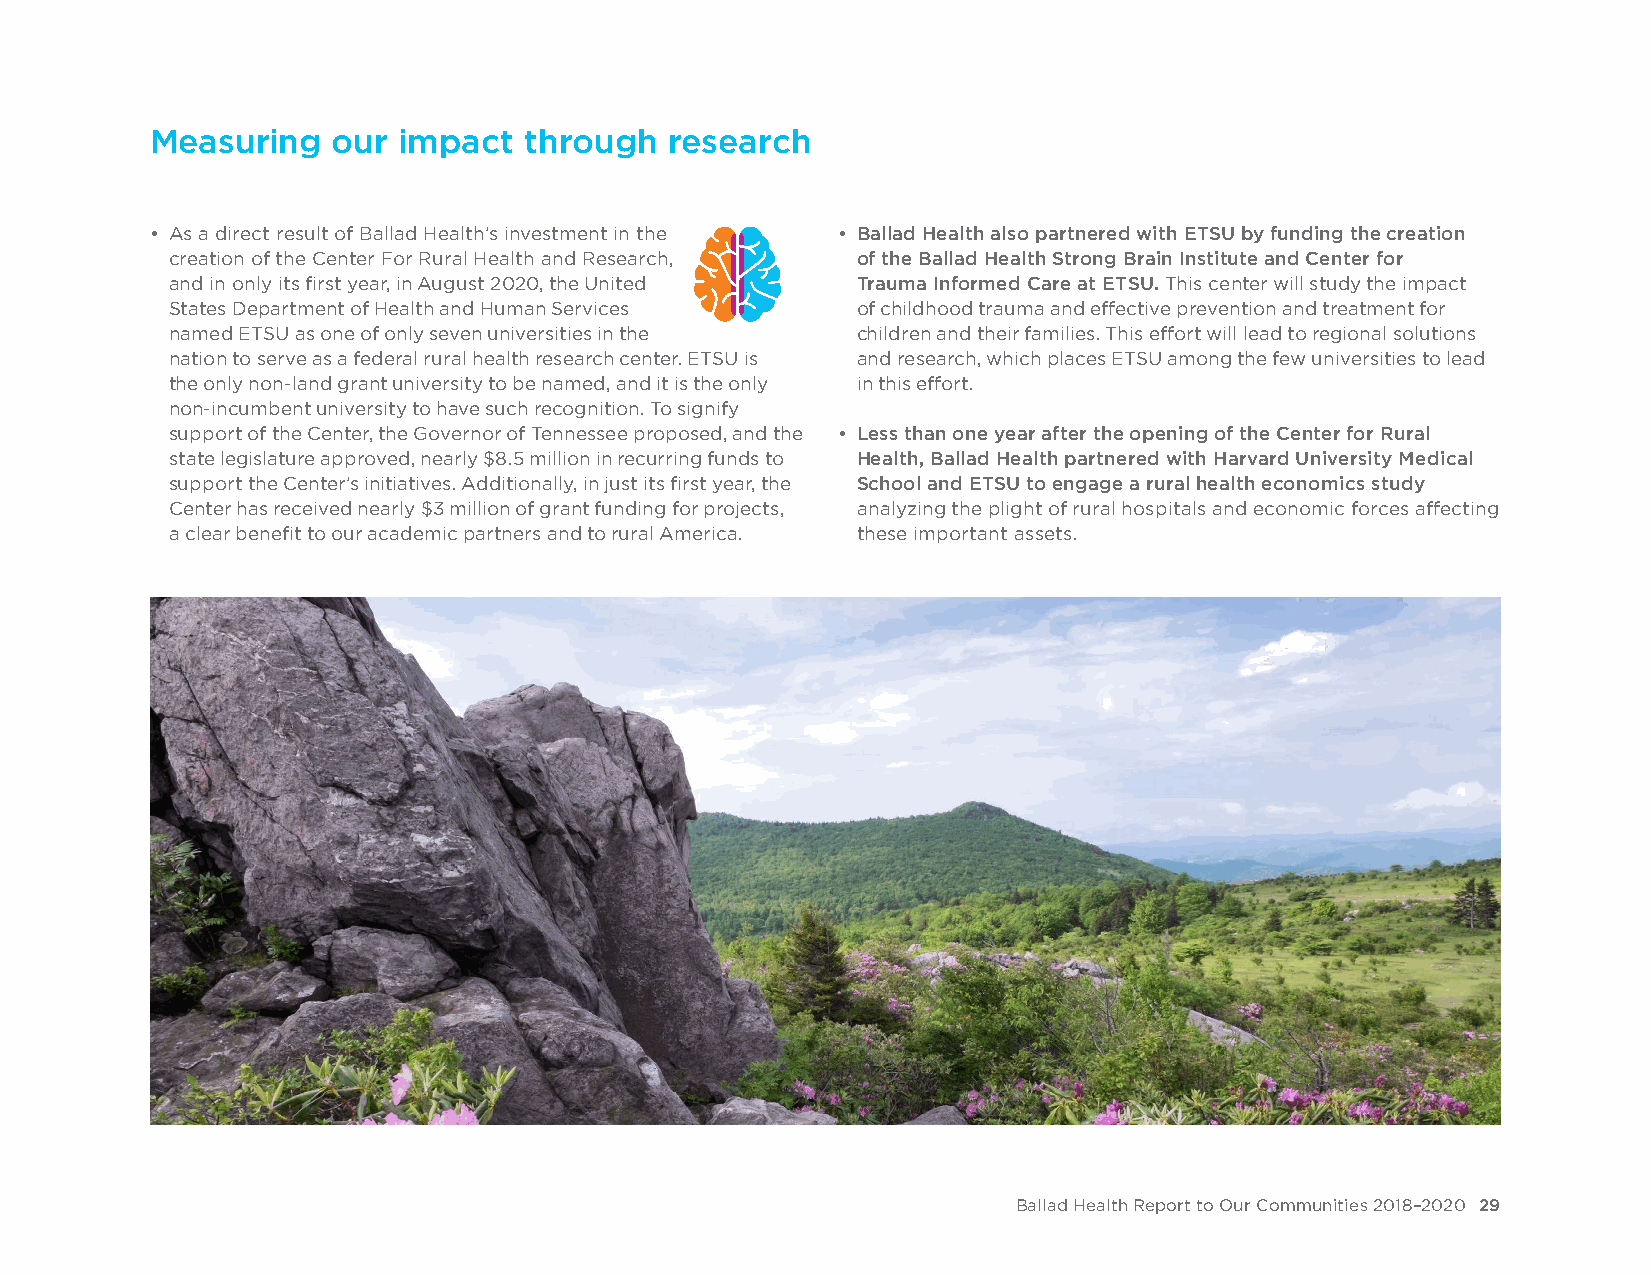
Measuring   our impact   through  research
 • As a direct result of Ballad Health’s investment in the • Ballad Health also partnered with ETSU by funding the creation
 creation of the Center For Rural Health and Research, of the Ballad Health Strong Brain Institute and Center for
 and in only its first year, in August 2020, the United Trauma Informed Care at ETSU. This center will study the impact
 States Department of Health and Human Services of childhood trauma and effective prevention and treatment for
 named ETSU as one of only seven universities in the children and their families. This effort will lead to regional solutions
 nation to serve as a federal rural health research center. ETSU is and research, which places ETSU among the few universities to lead
 the only non-land grant university to be named, and it is the only in this effort.
 non-incumbent university to have such recognition. To signify
 support of the Center, the Governor of Tennessee proposed, and the • Less than one year after the opening of the Center for Rural
 state legislature approved, nearly $8.5 million in recurring funds to Health, Ballad Health partnered with Harvard University Medical
 support the Center’s initiatives. Additionally, in just its first year, the School and ETSU to engage a rural health economics study
 Center has received nearly $3 million of grant funding for projects, analyzing the plight of rural hospitals and economic forces affecting
 a clear benefit to our academic partners and to rural America. these important assets.
 Ballad Health Report to Our Communities 2018–2020 29